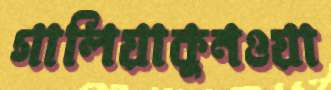
গালিয়াকুনওয়া